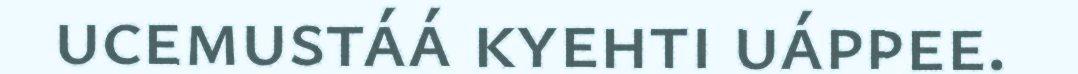
ucemustáá kyehti uáppee.